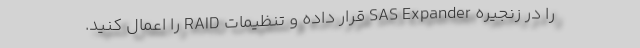
را در زنجیره SAS Expander قرار داده و تنظیمات RAID را اعمال کنید.